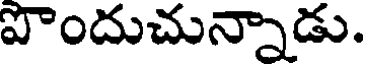
పొందుచున్నాడు.